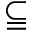
\subseteqq